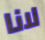
لانا